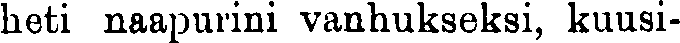
heti naapurini vanhukseksi, kuusi-